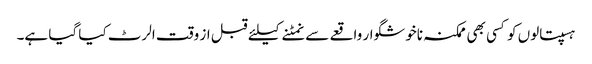
ہسپتالوں کو کسی بھی ممکنہ ناخوشگوار واقعے سے نمٹنے کیلئے قبل از وقت الرٹ کیا گیا ہے۔